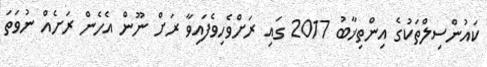
ކައުންސިލްތަކުގެ އިންތިޚާބު 2017 ގައި ރަށްވެހިވެފައިވާ ރަށް ނޫން އެހެން ރަށެއް ނުވަތަ